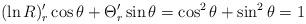
LaTeX: \begin{align*} (\ln R)'_r\cos \theta +\Theta '_r\sin \theta =\cos ^2\theta +\sin ^2\theta =1 \end{align*}